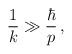
LaTeX: \begin{align*}\frac{1}{k} \gg \frac{\hbar}{p}\,,\end{align*}